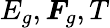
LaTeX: E_{g},\boldsymbol{F}_{g},T